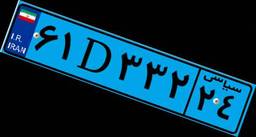
۰۶D۰۱۲۳۲